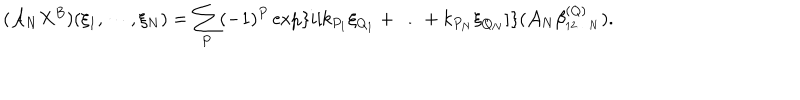
( { \cal A } _ { N } X ^ { B } ) ( \xi _ { 1 } , \cdots , \xi _ { N } ) = \sum _ { P } ( - 1 ) ^ { P } \exp \{ i [ k _ { P _ { 1 } } \xi _ { Q _ { 1 } } + \ldots + k _ { P _ { N } } \xi _ { Q _ { N } } ] \} ( { \cal A } _ { N } \beta _ { _ { 1 2 \ldots N } } ^ { ( Q ) } ) .